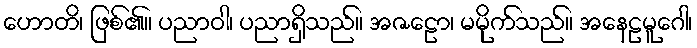
ဟောတိ၊ ဖြစ်၏။ ပညာဝါ၊ ပညာရှိသည်။ အဇဠော၊ မမိုက်သည်။ အနေဠမူဂေါ၊